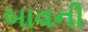
બાવની